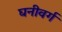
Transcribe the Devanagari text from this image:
घनीवर्ग